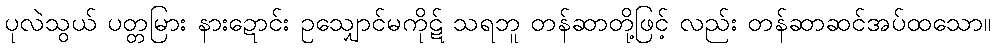
ပုလဲသွယ် ပတ္တမြား နားဍောင်း ဥသျှောင်မကိုဋ် သရဘူ တန်ဆာတို့ဖြင့် လည်း တန်ဆာဆင်အပ်ထသော။